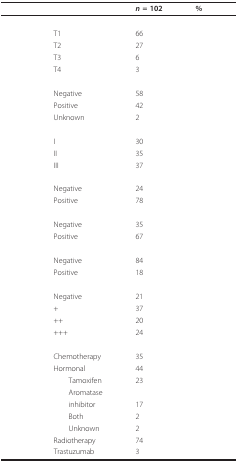
<table><thead><tr><td>[EMPTY_CELL]</td><td>[EMPTY_CELL]</td><td><b><i>n </i>= 102</b></td><td><b>%</b></td></tr></thead><tbody><tr><td colspan="4">[EMPTY_CELL]</td></tr><tr><td>[EMPTY_CELL]</td><td>T1</td><td>66</td><td>[EMPTY_CELL]</td></tr><tr><td>[EMPTY_CELL]</td><td>T2</td><td>27</td><td>[EMPTY_CELL]</td></tr><tr><td>[EMPTY_CELL]</td><td>T3</td><td>6</td><td>[EMPTY_CELL]</td></tr><tr><td>[EMPTY_CELL]</td><td>T4</td><td>3</td><td>[EMPTY_CELL]</td></tr><tr><td colspan="4">[EMPTY_CELL]</td></tr><tr><td>[EMPTY_CELL]</td><td>Negative</td><td>58</td><td>[EMPTY_CELL]</td></tr><tr><td>[EMPTY_CELL]</td><td>Positive</td><td>42</td><td>[EMPTY_CELL]</td></tr><tr><td>[EMPTY_CELL]</td><td>Unknown</td><td>2</td><td>[EMPTY_CELL]</td></tr><tr><td>[EMPTY_CELL]</td><td>[EMPTY_CELL]</td><td>[EMPTY_CELL]</td><td>[EMPTY_CELL]</td></tr><tr><td>[EMPTY_CELL]</td><td>I</td><td>30</td><td>[EMPTY_CELL]</td></tr><tr><td>[EMPTY_CELL]</td><td>II</td><td>35</td><td>[EMPTY_CELL]</td></tr><tr><td>[EMPTY_CELL]</td><td>III</td><td>37</td><td>[EMPTY_CELL]</td></tr><tr><td colspan="4">[EMPTY_CELL]</td></tr><tr><td>[EMPTY_CELL]</td><td>Negative</td><td>24</td><td>[EMPTY_CELL]</td></tr><tr><td>[EMPTY_CELL]</td><td>Positive</td><td>78</td><td>[EMPTY_CELL]</td></tr><tr><td colspan="4">[EMPTY_CELL]</td></tr><tr><td>[EMPTY_CELL]</td><td>Negative</td><td>35</td><td>[EMPTY_CELL]</td></tr><tr><td>[EMPTY_CELL]</td><td>Positive</td><td>67</td><td>[EMPTY_CELL]</td></tr><tr><td colspan="4">[EMPTY_CELL]</td></tr><tr><td>[EMPTY_CELL]</td><td>Negative</td><td>84</td><td>[EMPTY_CELL]</td></tr><tr><td>[EMPTY_CELL]</td><td>Positive</td><td>18</td><td>[EMPTY_CELL]</td></tr><tr><td colspan="4">[EMPTY_CELL]</td></tr><tr><td>[EMPTY_CELL]</td><td>Negative</td><td>21</td><td>[EMPTY_CELL]</td></tr><tr><td>[EMPTY_CELL]</td><td>+</td><td>37</td><td>[EMPTY_CELL]</td></tr><tr><td>[EMPTY_CELL]</td><td>++</td><td>20</td><td>[EMPTY_CELL]</td></tr><tr><td>[EMPTY_CELL]</td><td>+++</td><td>24</td><td>[EMPTY_CELL]</td></tr><tr><td colspan="4">[EMPTY_CELL]</td></tr><tr><td>[EMPTY_CELL]</td><td>Chemotherapy</td><td>35</td><td>[EMPTY_CELL]</td></tr><tr><td>[EMPTY_CELL]</td><td>Hormonal</td><td>44</td><td>[EMPTY_CELL]</td></tr><tr><td>[EMPTY_CELL]</td><td> Tamoxifen</td><td>23</td><td>[EMPTY_CELL]</td></tr><tr><td>[EMPTY_CELL]</td><td> Aromatase</td><td>[EMPTY_CELL]</td><td>[EMPTY_CELL]</td></tr><tr><td>[EMPTY_CELL]</td><td> inhibitor</td><td>17</td><td>[EMPTY_CELL]</td></tr><tr><td>[EMPTY_CELL]</td><td> Both</td><td>2</td><td>[EMPTY_CELL]</td></tr><tr><td>[EMPTY_CELL]</td><td> Unknown</td><td>2</td><td>[EMPTY_CELL]</td></tr><tr><td>[EMPTY_CELL]</td><td>Radiotherapy</td><td>74</td><td>[EMPTY_CELL]</td></tr><tr><td>[EMPTY_CELL]</td><td>Trastuzumab</td><td>3</td><td>[EMPTY_CELL]</td></tr></tbody></table>